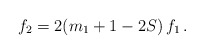
\begin{align*} f_2 = 2(m_1+1-2S) \, f_1\,.\end{align*}